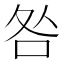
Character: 咎